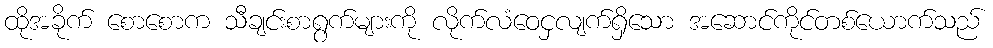
ထိုအခိုက် စောစောက သီချင်းစာရွက်များကို လိုက်လံဝေငှလျက်ရှိသော အဆောင်ကိုင်တစ်ယောက်သည်